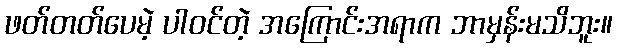
ဖတ်တတ်ပေမဲ့ ပါဝင်တဲ့ အကြောင်းအရာက ဘာမှန်းမသိဘူး။